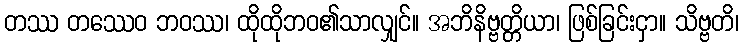
တဿ တဿေဝ ဘဝဿ၊ ထိုထိုဘဝ၏သာလျှင်။ အဘိနိဗ္ဗတ္တိယာ၊ ဖြစ်ခြင်းငှာ။ သိဗ္ဗတိ၊